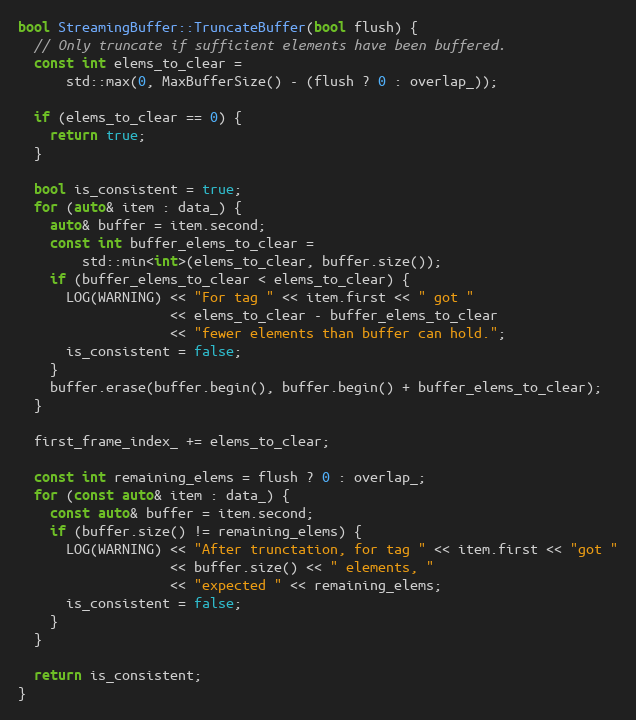
Language: C++
bool StreamingBuffer::TruncateBuffer(bool flush) {
  // Only truncate if sufficient elements have been buffered.
  const int elems_to_clear =
      std::max(0, MaxBufferSize() - (flush ? 0 : overlap_));

  if (elems_to_clear == 0) {
    return true;
  }

  bool is_consistent = true;
  for (auto& item : data_) {
    auto& buffer = item.second;
    const int buffer_elems_to_clear =
        std::min<int>(elems_to_clear, buffer.size());
    if (buffer_elems_to_clear < elems_to_clear) {
      LOG(WARNING) << "For tag " << item.first << " got "
                   << elems_to_clear - buffer_elems_to_clear
                   << "fewer elements than buffer can hold.";
      is_consistent = false;
    }
    buffer.erase(buffer.begin(), buffer.begin() + buffer_elems_to_clear);
  }

  first_frame_index_ += elems_to_clear;

  const int remaining_elems = flush ? 0 : overlap_;
  for (const auto& item : data_) {
    const auto& buffer = item.second;
    if (buffer.size() != remaining_elems) {
      LOG(WARNING) << "After trunctation, for tag " << item.first << "got "
                   << buffer.size() << " elements, "
                   << "expected " << remaining_elems;
      is_consistent = false;
    }
  }

  return is_consistent;
}